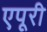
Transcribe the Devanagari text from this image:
एपूरी